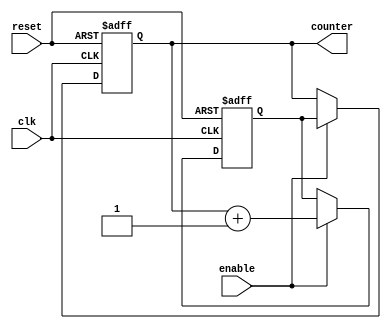
module RingCounterWithEnable (
    input wire clk,
    input wire reset,
    input wire enable,
    output reg [N-1:0] counter
);

parameter N = 4; // Number of flip-flops in the ring counter

reg [N-1:0] next_counter;

always @ (posedge clk or posedge reset) begin
    if (reset) begin
        counter <= 0;
    end else begin
        if (enable) begin
            counter <= next_counter;
        end
    end
end

always @ (posedge clk or posedge reset) begin
    if (reset) begin
        next_counter <= 0;
    end else begin
        if (enable) begin
            next_counter <= counter + 1;
        end
    end
end

endmodule